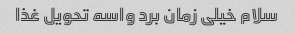
سلام خیلی زمان برد واسه تحویل غذا